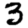
Digit: 3